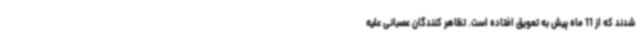
شدند که از 11 ماه پیش به تعویق افتاده است. تظاهر کنندگان عصبانی علیه